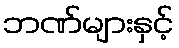
ဘဏ်များနှင့်